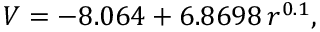
V = - 8 . 0 6 4 + 6 . 8 6 9 8 \, r ^ { 0 . 1 } ,